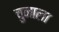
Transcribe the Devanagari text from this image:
चुनाला